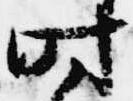
時